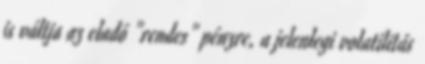
is váltja az eladó "rendes" pénzre, a jelenlegi volatilitás